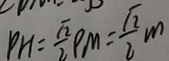
P H = \frac { \sqrt { 2 } } { 2 } \rho _ { 1 } M = \frac { \sqrt { 2 } } { 2 } m